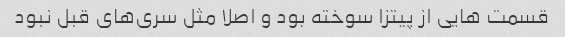
قسمت هایی از پیتزا سوخته بود و اصلا مثل سری‌های قبل نبود